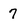
Character: 7